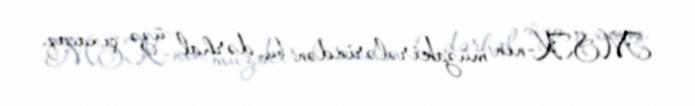
MSK-nın müzakirələrindən bu, dərhal üzə çıxacaq.